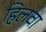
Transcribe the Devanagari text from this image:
हिलवा